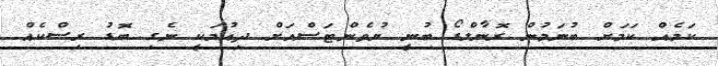
ކަމެއް ކަމަށް ބުނަމުން ރޮނާލްޑޯ ބުނީ ޔުވެންޓަސްއަށް ދިއުމަކީ ނެގި ބޮޑު ރިސްކެއް